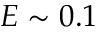
E \sim 0 . 1